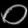
Digit: ၀